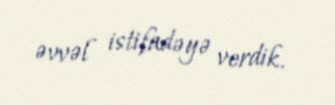
əvvəl istifadəyə verdik.